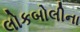
લોકબોલીના